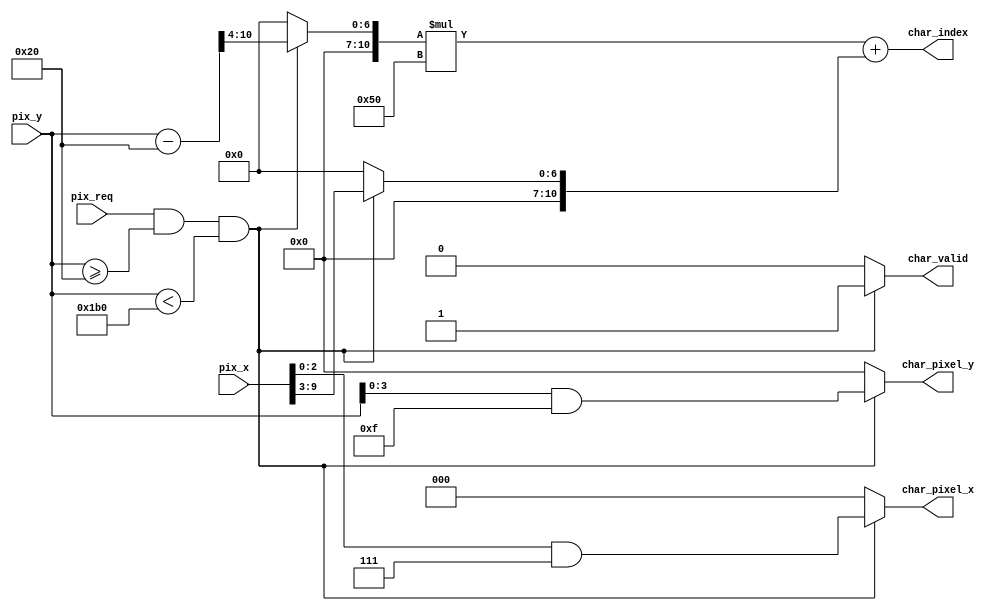
module pixel_to_char (
    input pix_req,
    // pixel x of screen: 0 ~ 639:
    input [9:0] pix_x,
    // pixel y of screen: 0 ~ 479:
    input [9:0] pix_y,

	// is char valid:
    output reg char_valid,
    // char index: 0 ~ 1999:
    output wire [10:0] char_index,
    // pixel x of char: 0 ~ 7:
    output reg [2:0] char_pixel_x,
    // pixel y of char: 0 ~ 15:
    output reg [3:0] char_pixel_y
);

    parameter PIX_Y_START = 10'd32,
              PIX_Y_END = PIX_Y_START + 25 * 16;

    reg [10:0] row;
    reg [10:0] col;

    always @ (*) begin
        if (pix_req && pix_y >= PIX_Y_START && pix_y < PIX_Y_END) begin
            char_valid = 1'b1;
            row = (pix_y - PIX_Y_START) >> 4;
            col = pix_x >> 3;
            char_pixel_x = pix_x[2:0] & 3'b111;
            char_pixel_y = pix_y[3:0] & 4'b1111;
        end
        else begin
            char_valid = 1'b0;
            row = 11'b0;
            col = 11'b0;
            char_pixel_x = 3'b0;
            char_pixel_y = 4'b0;
        end
    end

    assign char_index = row * 11'd80 + col;
endmodule